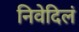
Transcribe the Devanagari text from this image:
निवेदिलं